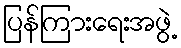
ပြန်ကြားရေးအဖွဲ့